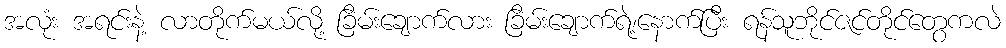
အလုံး အရင်းနဲ့ လာတိုက်မယ်လို့ ခြိမ်းချောက်လား ခြိမ်းချောက်ရဲ့၊နောက်ပြီး ရန်သူဘိုင်ဇင်တိုင်တွေကလဲ